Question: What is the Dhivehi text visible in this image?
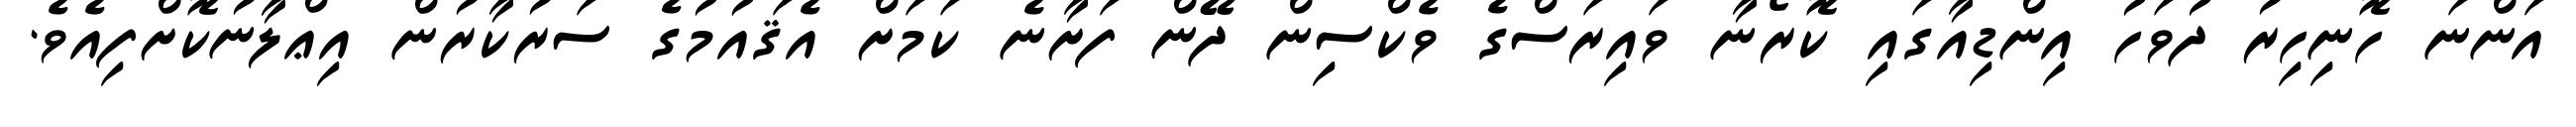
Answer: އަންނަ ހޮނިހިރު ދުވަހު އިންޑިއާގައި ކޮރޯނާ ވައިރަސްގެ ވެކްސިން ދޭން ފަށާނެ ކަމަށް އެޤައުމުގެ ސަރުކާރުން އިޢްލާނުކޮށްފިއެވެ.